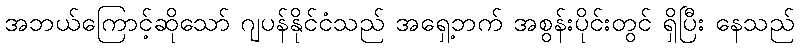
အဘယ်ကြောင့်ဆိုသော် ဂျပန်နိုင်ငံသည် အရှေ့ဘက် အစွန်းပိုင်းတွင် ရှိပြီး နေသည်